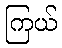
ကြယ်